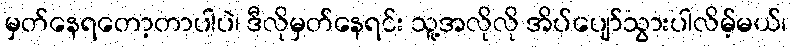
မှတ်နေရတော့တာပါပဲ၊ ဒီလိုမှတ်နေရင်း သူ့အလိုလို အိပ်ပျော်သွားပါလိမ့်မယ်၊